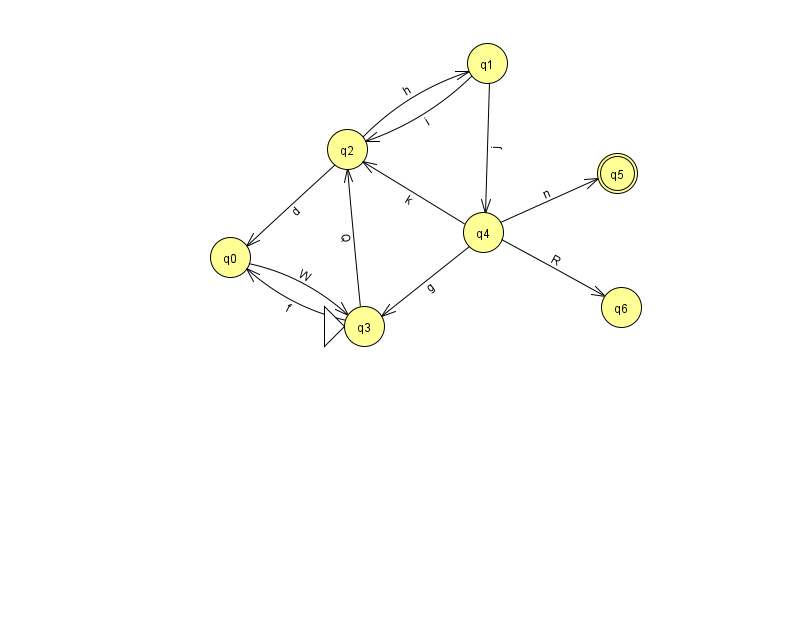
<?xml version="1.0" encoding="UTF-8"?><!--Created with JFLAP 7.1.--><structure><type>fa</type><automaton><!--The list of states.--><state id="0" name="q0"><x>230.0</x><y>244.0</y></state><state id="1" name="q1"><x>487.0</x><y>50.0</y></state><state id="2" name="q2"><x>347.0</x><y>136.0</y></state><state id="3" name="q3"><x>364.0</x><y>313.0</y><initial/></state><state id="4" name="q4"><x>483.0</x><y>219.0</y></state><state id="5" name="q5"><x>617.0</x><y>160.0</y><final/></state><state id="6" name="q6"><x>621.0</x><y>294.0</y></state><!--The list of transitions.--><transition><from>3</from><to>2</to><read>Q</read></transition><transition><from>4</from><to>3</to><read>g</read></transition><transition><from>2</from><to>0</to><read>d</read></transition><transition><from>3</from><to>0</to><read>f</read></transition><transition><from>0</from><to>3</to><read>W</read></transition><transition><from>1</from><to>2</to><read>i</read></transition><transition><from>2</from><to>1</to><read>h</read></transition><transition><from>4</from><to>6</to><read>R</read></transition><transition><from>1</from><to>4</to><read>j</read></transition><transition><from>4</from><to>2</to><read>k</read></transition><transition><from>4</from><to>5</to><read>n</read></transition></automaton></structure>